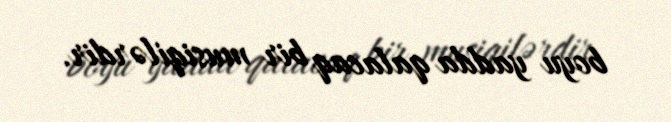
boyu yadda qalacaq bir musiqilərdir.